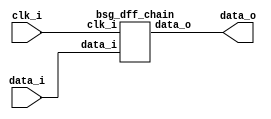
// This program was cloned from: https://github.com/chipsalliance/synlig
// License: Apache License 2.0



module top
(
  clk_i,
  data_i,
  data_o
);

  input [15:0] data_i;
  output [15:0] data_o;
  input clk_i;

  bsg_dff_chain
  wrapper
  (
    .data_i(data_i),
    .data_o(data_o),
    .clk_i(clk_i)
  );


endmodule



module bsg_dff_width_p16
(
  clk_i,
  data_i,
  data_o
);

  input [15:0] data_i;
  output [15:0] data_o;
  input clk_i;
  wire [15:0] data_o;
  reg data_o_15_sv2v_reg,data_o_14_sv2v_reg,data_o_13_sv2v_reg,data_o_12_sv2v_reg,
  data_o_11_sv2v_reg,data_o_10_sv2v_reg,data_o_9_sv2v_reg,data_o_8_sv2v_reg,
  data_o_7_sv2v_reg,data_o_6_sv2v_reg,data_o_5_sv2v_reg,data_o_4_sv2v_reg,data_o_3_sv2v_reg,
  data_o_2_sv2v_reg,data_o_1_sv2v_reg,data_o_0_sv2v_reg;
  assign data_o[15] = data_o_15_sv2v_reg;
  assign data_o[14] = data_o_14_sv2v_reg;
  assign data_o[13] = data_o_13_sv2v_reg;
  assign data_o[12] = data_o_12_sv2v_reg;
  assign data_o[11] = data_o_11_sv2v_reg;
  assign data_o[10] = data_o_10_sv2v_reg;
  assign data_o[9] = data_o_9_sv2v_reg;
  assign data_o[8] = data_o_8_sv2v_reg;
  assign data_o[7] = data_o_7_sv2v_reg;
  assign data_o[6] = data_o_6_sv2v_reg;
  assign data_o[5] = data_o_5_sv2v_reg;
  assign data_o[4] = data_o_4_sv2v_reg;
  assign data_o[3] = data_o_3_sv2v_reg;
  assign data_o[2] = data_o_2_sv2v_reg;
  assign data_o[1] = data_o_1_sv2v_reg;
  assign data_o[0] = data_o_0_sv2v_reg;

  always @(posedge clk_i) begin
    if(1'b1) begin
      data_o_15_sv2v_reg <= data_i[15];
      data_o_14_sv2v_reg <= data_i[14];
      data_o_13_sv2v_reg <= data_i[13];
      data_o_12_sv2v_reg <= data_i[12];
      data_o_11_sv2v_reg <= data_i[11];
      data_o_10_sv2v_reg <= data_i[10];
      data_o_9_sv2v_reg <= data_i[9];
      data_o_8_sv2v_reg <= data_i[8];
      data_o_7_sv2v_reg <= data_i[7];
      data_o_6_sv2v_reg <= data_i[6];
      data_o_5_sv2v_reg <= data_i[5];
      data_o_4_sv2v_reg <= data_i[4];
      data_o_3_sv2v_reg <= data_i[3];
      data_o_2_sv2v_reg <= data_i[2];
      data_o_1_sv2v_reg <= data_i[1];
      data_o_0_sv2v_reg <= data_i[0];
    end 
  end


endmodule



module bsg_dff_chain
(
  clk_i,
  data_i,
  data_o
);

  input [15:0] data_i;
  output [15:0] data_o;
  input clk_i;
  wire [15:0] data_o;
  wire \chained.data_delayed_15__15_ ,\chained.data_delayed_15__14_ ,
  \chained.data_delayed_15__13_ ,\chained.data_delayed_15__12_ ,\chained.data_delayed_15__11_ ,
  \chained.data_delayed_15__10_ ,\chained.data_delayed_15__9_ ,
  \chained.data_delayed_15__8_ ,\chained.data_delayed_15__7_ ,\chained.data_delayed_15__6_ ,
  \chained.data_delayed_15__5_ ,\chained.data_delayed_15__4_ ,\chained.data_delayed_15__3_ ,
  \chained.data_delayed_15__2_ ,\chained.data_delayed_15__1_ ,
  \chained.data_delayed_15__0_ ,\chained.data_delayed_14__15_ ,\chained.data_delayed_14__14_ ,
  \chained.data_delayed_14__13_ ,\chained.data_delayed_14__12_ ,
  \chained.data_delayed_14__11_ ,\chained.data_delayed_14__10_ ,\chained.data_delayed_14__9_ ,
  \chained.data_delayed_14__8_ ,\chained.data_delayed_14__7_ ,\chained.data_delayed_14__6_ ,
  \chained.data_delayed_14__5_ ,\chained.data_delayed_14__4_ ,
  \chained.data_delayed_14__3_ ,\chained.data_delayed_14__2_ ,\chained.data_delayed_14__1_ ,
  \chained.data_delayed_14__0_ ,\chained.data_delayed_13__15_ ,\chained.data_delayed_13__14_ ,
  \chained.data_delayed_13__13_ ,\chained.data_delayed_13__12_ ,
  \chained.data_delayed_13__11_ ,\chained.data_delayed_13__10_ ,\chained.data_delayed_13__9_ ,
  \chained.data_delayed_13__8_ ,\chained.data_delayed_13__7_ ,\chained.data_delayed_13__6_ ,
  \chained.data_delayed_13__5_ ,\chained.data_delayed_13__4_ ,
  \chained.data_delayed_13__3_ ,\chained.data_delayed_13__2_ ,\chained.data_delayed_13__1_ ,
  \chained.data_delayed_13__0_ ,\chained.data_delayed_12__15_ ,\chained.data_delayed_12__14_ ,
  \chained.data_delayed_12__13_ ,\chained.data_delayed_12__12_ ,
  \chained.data_delayed_12__11_ ,\chained.data_delayed_12__10_ ,\chained.data_delayed_12__9_ ,
  \chained.data_delayed_12__8_ ,\chained.data_delayed_12__7_ ,
  \chained.data_delayed_12__6_ ,\chained.data_delayed_12__5_ ,\chained.data_delayed_12__4_ ,
  \chained.data_delayed_12__3_ ,\chained.data_delayed_12__2_ ,\chained.data_delayed_12__1_ ,
  \chained.data_delayed_12__0_ ,\chained.data_delayed_11__15_ ,
  \chained.data_delayed_11__14_ ,\chained.data_delayed_11__13_ ,\chained.data_delayed_11__12_ ,
  \chained.data_delayed_11__11_ ,\chained.data_delayed_11__10_ ,\chained.data_delayed_11__9_ ,
  \chained.data_delayed_11__8_ ,\chained.data_delayed_11__7_ ,
  \chained.data_delayed_11__6_ ,\chained.data_delayed_11__5_ ,\chained.data_delayed_11__4_ ,
  \chained.data_delayed_11__3_ ,\chained.data_delayed_11__2_ ,\chained.data_delayed_11__1_ ,
  \chained.data_delayed_11__0_ ,\chained.data_delayed_10__15_ ,
  \chained.data_delayed_10__14_ ,\chained.data_delayed_10__13_ ,\chained.data_delayed_10__12_ ,
  \chained.data_delayed_10__11_ ,\chained.data_delayed_10__10_ ,
  \chained.data_delayed_10__9_ ,\chained.data_delayed_10__8_ ,\chained.data_delayed_10__7_ ,
  \chained.data_delayed_10__6_ ,\chained.data_delayed_10__5_ ,\chained.data_delayed_10__4_ ,
  \chained.data_delayed_10__3_ ,\chained.data_delayed_10__2_ ,
  \chained.data_delayed_10__1_ ,\chained.data_delayed_10__0_ ,\chained.data_delayed_9__15_ ,
  \chained.data_delayed_9__14_ ,\chained.data_delayed_9__13_ ,\chained.data_delayed_9__12_ ,
  \chained.data_delayed_9__11_ ,\chained.data_delayed_9__10_ ,
  \chained.data_delayed_9__9_ ,\chained.data_delayed_9__8_ ,\chained.data_delayed_9__7_ ,
  \chained.data_delayed_9__6_ ,\chained.data_delayed_9__5_ ,\chained.data_delayed_9__4_ ,
  \chained.data_delayed_9__3_ ,\chained.data_delayed_9__2_ ,\chained.data_delayed_9__1_ ,
  \chained.data_delayed_9__0_ ,\chained.data_delayed_8__15_ ,
  \chained.data_delayed_8__14_ ,\chained.data_delayed_8__13_ ,\chained.data_delayed_8__12_ ,
  \chained.data_delayed_8__11_ ,\chained.data_delayed_8__10_ ,\chained.data_delayed_8__9_ ,
  \chained.data_delayed_8__8_ ,\chained.data_delayed_8__7_ ,
  \chained.data_delayed_8__6_ ,\chained.data_delayed_8__5_ ,\chained.data_delayed_8__4_ ,
  \chained.data_delayed_8__3_ ,\chained.data_delayed_8__2_ ,\chained.data_delayed_8__1_ ,
  \chained.data_delayed_8__0_ ,\chained.data_delayed_7__15_ ,\chained.data_delayed_7__14_ ,
  \chained.data_delayed_7__13_ ,\chained.data_delayed_7__12_ ,
  \chained.data_delayed_7__11_ ,\chained.data_delayed_7__10_ ,\chained.data_delayed_7__9_ ,
  \chained.data_delayed_7__8_ ,\chained.data_delayed_7__7_ ,\chained.data_delayed_7__6_ ,
  \chained.data_delayed_7__5_ ,\chained.data_delayed_7__4_ ,\chained.data_delayed_7__3_ ,
  \chained.data_delayed_7__2_ ,\chained.data_delayed_7__1_ ,
  \chained.data_delayed_7__0_ ,\chained.data_delayed_6__15_ ,\chained.data_delayed_6__14_ ,
  \chained.data_delayed_6__13_ ,\chained.data_delayed_6__12_ ,\chained.data_delayed_6__11_ ,
  \chained.data_delayed_6__10_ ,\chained.data_delayed_6__9_ ,
  \chained.data_delayed_6__8_ ,\chained.data_delayed_6__7_ ,\chained.data_delayed_6__6_ ,
  \chained.data_delayed_6__5_ ,\chained.data_delayed_6__4_ ,\chained.data_delayed_6__3_ ,
  \chained.data_delayed_6__2_ ,\chained.data_delayed_6__1_ ,\chained.data_delayed_6__0_ ,
  \chained.data_delayed_5__15_ ,\chained.data_delayed_5__14_ ,
  \chained.data_delayed_5__13_ ,\chained.data_delayed_5__12_ ,\chained.data_delayed_5__11_ ,
  \chained.data_delayed_5__10_ ,\chained.data_delayed_5__9_ ,\chained.data_delayed_5__8_ ,
  \chained.data_delayed_5__7_ ,\chained.data_delayed_5__6_ ,
  \chained.data_delayed_5__5_ ,\chained.data_delayed_5__4_ ,\chained.data_delayed_5__3_ ,
  \chained.data_delayed_5__2_ ,\chained.data_delayed_5__1_ ,\chained.data_delayed_5__0_ ,
  \chained.data_delayed_4__15_ ,\chained.data_delayed_4__14_ ,\chained.data_delayed_4__13_ ,
  \chained.data_delayed_4__12_ ,\chained.data_delayed_4__11_ ,
  \chained.data_delayed_4__10_ ,\chained.data_delayed_4__9_ ,\chained.data_delayed_4__8_ ,
  \chained.data_delayed_4__7_ ,\chained.data_delayed_4__6_ ,\chained.data_delayed_4__5_ ,
  \chained.data_delayed_4__4_ ,\chained.data_delayed_4__3_ ,\chained.data_delayed_4__2_ ,
  \chained.data_delayed_4__1_ ,\chained.data_delayed_4__0_ ,
  \chained.data_delayed_3__15_ ,\chained.data_delayed_3__14_ ,\chained.data_delayed_3__13_ ,
  \chained.data_delayed_3__12_ ,\chained.data_delayed_3__11_ ,\chained.data_delayed_3__10_ ,
  \chained.data_delayed_3__9_ ,\chained.data_delayed_3__8_ ,
  \chained.data_delayed_3__7_ ,\chained.data_delayed_3__6_ ,\chained.data_delayed_3__5_ ,
  \chained.data_delayed_3__4_ ,\chained.data_delayed_3__3_ ,\chained.data_delayed_3__2_ ,
  \chained.data_delayed_3__1_ ,\chained.data_delayed_3__0_ ,\chained.data_delayed_2__15_ ,
  \chained.data_delayed_2__14_ ,\chained.data_delayed_2__13_ ,
  \chained.data_delayed_2__12_ ,\chained.data_delayed_2__11_ ,\chained.data_delayed_2__10_ ,
  \chained.data_delayed_2__9_ ,\chained.data_delayed_2__8_ ,\chained.data_delayed_2__7_ ,
  \chained.data_delayed_2__6_ ,\chained.data_delayed_2__5_ ,\chained.data_delayed_2__4_ ,
  \chained.data_delayed_2__3_ ,\chained.data_delayed_2__2_ ,
  \chained.data_delayed_2__1_ ,\chained.data_delayed_2__0_ ,\chained.data_delayed_1__15_ ,
  \chained.data_delayed_1__14_ ,\chained.data_delayed_1__13_ ,\chained.data_delayed_1__12_ ,
  \chained.data_delayed_1__11_ ,\chained.data_delayed_1__10_ ,
  \chained.data_delayed_1__9_ ,\chained.data_delayed_1__8_ ,\chained.data_delayed_1__7_ ,
  \chained.data_delayed_1__6_ ,\chained.data_delayed_1__5_ ,\chained.data_delayed_1__4_ ,
  \chained.data_delayed_1__3_ ,\chained.data_delayed_1__2_ ,\chained.data_delayed_1__1_ ,
  \chained.data_delayed_1__0_ ;

  bsg_dff_width_p16
  \chained.genblk1_1_.ch_reg 
  (
    .clk_i(clk_i),
    .data_i(data_i),
    .data_o({ \chained.data_delayed_1__15_ , \chained.data_delayed_1__14_ , \chained.data_delayed_1__13_ , \chained.data_delayed_1__12_ , \chained.data_delayed_1__11_ , \chained.data_delayed_1__10_ , \chained.data_delayed_1__9_ , \chained.data_delayed_1__8_ , \chained.data_delayed_1__7_ , \chained.data_delayed_1__6_ , \chained.data_delayed_1__5_ , \chained.data_delayed_1__4_ , \chained.data_delayed_1__3_ , \chained.data_delayed_1__2_ , \chained.data_delayed_1__1_ , \chained.data_delayed_1__0_  })
  );


  bsg_dff_width_p16
  \chained.genblk1_2_.ch_reg 
  (
    .clk_i(clk_i),
    .data_i({ \chained.data_delayed_1__15_ , \chained.data_delayed_1__14_ , \chained.data_delayed_1__13_ , \chained.data_delayed_1__12_ , \chained.data_delayed_1__11_ , \chained.data_delayed_1__10_ , \chained.data_delayed_1__9_ , \chained.data_delayed_1__8_ , \chained.data_delayed_1__7_ , \chained.data_delayed_1__6_ , \chained.data_delayed_1__5_ , \chained.data_delayed_1__4_ , \chained.data_delayed_1__3_ , \chained.data_delayed_1__2_ , \chained.data_delayed_1__1_ , \chained.data_delayed_1__0_  }),
    .data_o({ \chained.data_delayed_2__15_ , \chained.data_delayed_2__14_ , \chained.data_delayed_2__13_ , \chained.data_delayed_2__12_ , \chained.data_delayed_2__11_ , \chained.data_delayed_2__10_ , \chained.data_delayed_2__9_ , \chained.data_delayed_2__8_ , \chained.data_delayed_2__7_ , \chained.data_delayed_2__6_ , \chained.data_delayed_2__5_ , \chained.data_delayed_2__4_ , \chained.data_delayed_2__3_ , \chained.data_delayed_2__2_ , \chained.data_delayed_2__1_ , \chained.data_delayed_2__0_  })
  );


  bsg_dff_width_p16
  \chained.genblk1_3_.ch_reg 
  (
    .clk_i(clk_i),
    .data_i({ \chained.data_delayed_2__15_ , \chained.data_delayed_2__14_ , \chained.data_delayed_2__13_ , \chained.data_delayed_2__12_ , \chained.data_delayed_2__11_ , \chained.data_delayed_2__10_ , \chained.data_delayed_2__9_ , \chained.data_delayed_2__8_ , \chained.data_delayed_2__7_ , \chained.data_delayed_2__6_ , \chained.data_delayed_2__5_ , \chained.data_delayed_2__4_ , \chained.data_delayed_2__3_ , \chained.data_delayed_2__2_ , \chained.data_delayed_2__1_ , \chained.data_delayed_2__0_  }),
    .data_o({ \chained.data_delayed_3__15_ , \chained.data_delayed_3__14_ , \chained.data_delayed_3__13_ , \chained.data_delayed_3__12_ , \chained.data_delayed_3__11_ , \chained.data_delayed_3__10_ , \chained.data_delayed_3__9_ , \chained.data_delayed_3__8_ , \chained.data_delayed_3__7_ , \chained.data_delayed_3__6_ , \chained.data_delayed_3__5_ , \chained.data_delayed_3__4_ , \chained.data_delayed_3__3_ , \chained.data_delayed_3__2_ , \chained.data_delayed_3__1_ , \chained.data_delayed_3__0_  })
  );


  bsg_dff_width_p16
  \chained.genblk1_4_.ch_reg 
  (
    .clk_i(clk_i),
    .data_i({ \chained.data_delayed_3__15_ , \chained.data_delayed_3__14_ , \chained.data_delayed_3__13_ , \chained.data_delayed_3__12_ , \chained.data_delayed_3__11_ , \chained.data_delayed_3__10_ , \chained.data_delayed_3__9_ , \chained.data_delayed_3__8_ , \chained.data_delayed_3__7_ , \chained.data_delayed_3__6_ , \chained.data_delayed_3__5_ , \chained.data_delayed_3__4_ , \chained.data_delayed_3__3_ , \chained.data_delayed_3__2_ , \chained.data_delayed_3__1_ , \chained.data_delayed_3__0_  }),
    .data_o({ \chained.data_delayed_4__15_ , \chained.data_delayed_4__14_ , \chained.data_delayed_4__13_ , \chained.data_delayed_4__12_ , \chained.data_delayed_4__11_ , \chained.data_delayed_4__10_ , \chained.data_delayed_4__9_ , \chained.data_delayed_4__8_ , \chained.data_delayed_4__7_ , \chained.data_delayed_4__6_ , \chained.data_delayed_4__5_ , \chained.data_delayed_4__4_ , \chained.data_delayed_4__3_ , \chained.data_delayed_4__2_ , \chained.data_delayed_4__1_ , \chained.data_delayed_4__0_  })
  );


  bsg_dff_width_p16
  \chained.genblk1_5_.ch_reg 
  (
    .clk_i(clk_i),
    .data_i({ \chained.data_delayed_4__15_ , \chained.data_delayed_4__14_ , \chained.data_delayed_4__13_ , \chained.data_delayed_4__12_ , \chained.data_delayed_4__11_ , \chained.data_delayed_4__10_ , \chained.data_delayed_4__9_ , \chained.data_delayed_4__8_ , \chained.data_delayed_4__7_ , \chained.data_delayed_4__6_ , \chained.data_delayed_4__5_ , \chained.data_delayed_4__4_ , \chained.data_delayed_4__3_ , \chained.data_delayed_4__2_ , \chained.data_delayed_4__1_ , \chained.data_delayed_4__0_  }),
    .data_o({ \chained.data_delayed_5__15_ , \chained.data_delayed_5__14_ , \chained.data_delayed_5__13_ , \chained.data_delayed_5__12_ , \chained.data_delayed_5__11_ , \chained.data_delayed_5__10_ , \chained.data_delayed_5__9_ , \chained.data_delayed_5__8_ , \chained.data_delayed_5__7_ , \chained.data_delayed_5__6_ , \chained.data_delayed_5__5_ , \chained.data_delayed_5__4_ , \chained.data_delayed_5__3_ , \chained.data_delayed_5__2_ , \chained.data_delayed_5__1_ , \chained.data_delayed_5__0_  })
  );


  bsg_dff_width_p16
  \chained.genblk1_6_.ch_reg 
  (
    .clk_i(clk_i),
    .data_i({ \chained.data_delayed_5__15_ , \chained.data_delayed_5__14_ , \chained.data_delayed_5__13_ , \chained.data_delayed_5__12_ , \chained.data_delayed_5__11_ , \chained.data_delayed_5__10_ , \chained.data_delayed_5__9_ , \chained.data_delayed_5__8_ , \chained.data_delayed_5__7_ , \chained.data_delayed_5__6_ , \chained.data_delayed_5__5_ , \chained.data_delayed_5__4_ , \chained.data_delayed_5__3_ , \chained.data_delayed_5__2_ , \chained.data_delayed_5__1_ , \chained.data_delayed_5__0_  }),
    .data_o({ \chained.data_delayed_6__15_ , \chained.data_delayed_6__14_ , \chained.data_delayed_6__13_ , \chained.data_delayed_6__12_ , \chained.data_delayed_6__11_ , \chained.data_delayed_6__10_ , \chained.data_delayed_6__9_ , \chained.data_delayed_6__8_ , \chained.data_delayed_6__7_ , \chained.data_delayed_6__6_ , \chained.data_delayed_6__5_ , \chained.data_delayed_6__4_ , \chained.data_delayed_6__3_ , \chained.data_delayed_6__2_ , \chained.data_delayed_6__1_ , \chained.data_delayed_6__0_  })
  );


  bsg_dff_width_p16
  \chained.genblk1_7_.ch_reg 
  (
    .clk_i(clk_i),
    .data_i({ \chained.data_delayed_6__15_ , \chained.data_delayed_6__14_ , \chained.data_delayed_6__13_ , \chained.data_delayed_6__12_ , \chained.data_delayed_6__11_ , \chained.data_delayed_6__10_ , \chained.data_delayed_6__9_ , \chained.data_delayed_6__8_ , \chained.data_delayed_6__7_ , \chained.data_delayed_6__6_ , \chained.data_delayed_6__5_ , \chained.data_delayed_6__4_ , \chained.data_delayed_6__3_ , \chained.data_delayed_6__2_ , \chained.data_delayed_6__1_ , \chained.data_delayed_6__0_  }),
    .data_o({ \chained.data_delayed_7__15_ , \chained.data_delayed_7__14_ , \chained.data_delayed_7__13_ , \chained.data_delayed_7__12_ , \chained.data_delayed_7__11_ , \chained.data_delayed_7__10_ , \chained.data_delayed_7__9_ , \chained.data_delayed_7__8_ , \chained.data_delayed_7__7_ , \chained.data_delayed_7__6_ , \chained.data_delayed_7__5_ , \chained.data_delayed_7__4_ , \chained.data_delayed_7__3_ , \chained.data_delayed_7__2_ , \chained.data_delayed_7__1_ , \chained.data_delayed_7__0_  })
  );


  bsg_dff_width_p16
  \chained.genblk1_8_.ch_reg 
  (
    .clk_i(clk_i),
    .data_i({ \chained.data_delayed_7__15_ , \chained.data_delayed_7__14_ , \chained.data_delayed_7__13_ , \chained.data_delayed_7__12_ , \chained.data_delayed_7__11_ , \chained.data_delayed_7__10_ , \chained.data_delayed_7__9_ , \chained.data_delayed_7__8_ , \chained.data_delayed_7__7_ , \chained.data_delayed_7__6_ , \chained.data_delayed_7__5_ , \chained.data_delayed_7__4_ , \chained.data_delayed_7__3_ , \chained.data_delayed_7__2_ , \chained.data_delayed_7__1_ , \chained.data_delayed_7__0_  }),
    .data_o({ \chained.data_delayed_8__15_ , \chained.data_delayed_8__14_ , \chained.data_delayed_8__13_ , \chained.data_delayed_8__12_ , \chained.data_delayed_8__11_ , \chained.data_delayed_8__10_ , \chained.data_delayed_8__9_ , \chained.data_delayed_8__8_ , \chained.data_delayed_8__7_ , \chained.data_delayed_8__6_ , \chained.data_delayed_8__5_ , \chained.data_delayed_8__4_ , \chained.data_delayed_8__3_ , \chained.data_delayed_8__2_ , \chained.data_delayed_8__1_ , \chained.data_delayed_8__0_  })
  );


  bsg_dff_width_p16
  \chained.genblk1_9_.ch_reg 
  (
    .clk_i(clk_i),
    .data_i({ \chained.data_delayed_8__15_ , \chained.data_delayed_8__14_ , \chained.data_delayed_8__13_ , \chained.data_delayed_8__12_ , \chained.data_delayed_8__11_ , \chained.data_delayed_8__10_ , \chained.data_delayed_8__9_ , \chained.data_delayed_8__8_ , \chained.data_delayed_8__7_ , \chained.data_delayed_8__6_ , \chained.data_delayed_8__5_ , \chained.data_delayed_8__4_ , \chained.data_delayed_8__3_ , \chained.data_delayed_8__2_ , \chained.data_delayed_8__1_ , \chained.data_delayed_8__0_  }),
    .data_o({ \chained.data_delayed_9__15_ , \chained.data_delayed_9__14_ , \chained.data_delayed_9__13_ , \chained.data_delayed_9__12_ , \chained.data_delayed_9__11_ , \chained.data_delayed_9__10_ , \chained.data_delayed_9__9_ , \chained.data_delayed_9__8_ , \chained.data_delayed_9__7_ , \chained.data_delayed_9__6_ , \chained.data_delayed_9__5_ , \chained.data_delayed_9__4_ , \chained.data_delayed_9__3_ , \chained.data_delayed_9__2_ , \chained.data_delayed_9__1_ , \chained.data_delayed_9__0_  })
  );


  bsg_dff_width_p16
  \chained.genblk1_10_.ch_reg 
  (
    .clk_i(clk_i),
    .data_i({ \chained.data_delayed_9__15_ , \chained.data_delayed_9__14_ , \chained.data_delayed_9__13_ , \chained.data_delayed_9__12_ , \chained.data_delayed_9__11_ , \chained.data_delayed_9__10_ , \chained.data_delayed_9__9_ , \chained.data_delayed_9__8_ , \chained.data_delayed_9__7_ , \chained.data_delayed_9__6_ , \chained.data_delayed_9__5_ , \chained.data_delayed_9__4_ , \chained.data_delayed_9__3_ , \chained.data_delayed_9__2_ , \chained.data_delayed_9__1_ , \chained.data_delayed_9__0_  }),
    .data_o({ \chained.data_delayed_10__15_ , \chained.data_delayed_10__14_ , \chained.data_delayed_10__13_ , \chained.data_delayed_10__12_ , \chained.data_delayed_10__11_ , \chained.data_delayed_10__10_ , \chained.data_delayed_10__9_ , \chained.data_delayed_10__8_ , \chained.data_delayed_10__7_ , \chained.data_delayed_10__6_ , \chained.data_delayed_10__5_ , \chained.data_delayed_10__4_ , \chained.data_delayed_10__3_ , \chained.data_delayed_10__2_ , \chained.data_delayed_10__1_ , \chained.data_delayed_10__0_  })
  );


  bsg_dff_width_p16
  \chained.genblk1_11_.ch_reg 
  (
    .clk_i(clk_i),
    .data_i({ \chained.data_delayed_10__15_ , \chained.data_delayed_10__14_ , \chained.data_delayed_10__13_ , \chained.data_delayed_10__12_ , \chained.data_delayed_10__11_ , \chained.data_delayed_10__10_ , \chained.data_delayed_10__9_ , \chained.data_delayed_10__8_ , \chained.data_delayed_10__7_ , \chained.data_delayed_10__6_ , \chained.data_delayed_10__5_ , \chained.data_delayed_10__4_ , \chained.data_delayed_10__3_ , \chained.data_delayed_10__2_ , \chained.data_delayed_10__1_ , \chained.data_delayed_10__0_  }),
    .data_o({ \chained.data_delayed_11__15_ , \chained.data_delayed_11__14_ , \chained.data_delayed_11__13_ , \chained.data_delayed_11__12_ , \chained.data_delayed_11__11_ , \chained.data_delayed_11__10_ , \chained.data_delayed_11__9_ , \chained.data_delayed_11__8_ , \chained.data_delayed_11__7_ , \chained.data_delayed_11__6_ , \chained.data_delayed_11__5_ , \chained.data_delayed_11__4_ , \chained.data_delayed_11__3_ , \chained.data_delayed_11__2_ , \chained.data_delayed_11__1_ , \chained.data_delayed_11__0_  })
  );


  bsg_dff_width_p16
  \chained.genblk1_12_.ch_reg 
  (
    .clk_i(clk_i),
    .data_i({ \chained.data_delayed_11__15_ , \chained.data_delayed_11__14_ , \chained.data_delayed_11__13_ , \chained.data_delayed_11__12_ , \chained.data_delayed_11__11_ , \chained.data_delayed_11__10_ , \chained.data_delayed_11__9_ , \chained.data_delayed_11__8_ , \chained.data_delayed_11__7_ , \chained.data_delayed_11__6_ , \chained.data_delayed_11__5_ , \chained.data_delayed_11__4_ , \chained.data_delayed_11__3_ , \chained.data_delayed_11__2_ , \chained.data_delayed_11__1_ , \chained.data_delayed_11__0_  }),
    .data_o({ \chained.data_delayed_12__15_ , \chained.data_delayed_12__14_ , \chained.data_delayed_12__13_ , \chained.data_delayed_12__12_ , \chained.data_delayed_12__11_ , \chained.data_delayed_12__10_ , \chained.data_delayed_12__9_ , \chained.data_delayed_12__8_ , \chained.data_delayed_12__7_ , \chained.data_delayed_12__6_ , \chained.data_delayed_12__5_ , \chained.data_delayed_12__4_ , \chained.data_delayed_12__3_ , \chained.data_delayed_12__2_ , \chained.data_delayed_12__1_ , \chained.data_delayed_12__0_  })
  );


  bsg_dff_width_p16
  \chained.genblk1_13_.ch_reg 
  (
    .clk_i(clk_i),
    .data_i({ \chained.data_delayed_12__15_ , \chained.data_delayed_12__14_ , \chained.data_delayed_12__13_ , \chained.data_delayed_12__12_ , \chained.data_delayed_12__11_ , \chained.data_delayed_12__10_ , \chained.data_delayed_12__9_ , \chained.data_delayed_12__8_ , \chained.data_delayed_12__7_ , \chained.data_delayed_12__6_ , \chained.data_delayed_12__5_ , \chained.data_delayed_12__4_ , \chained.data_delayed_12__3_ , \chained.data_delayed_12__2_ , \chained.data_delayed_12__1_ , \chained.data_delayed_12__0_  }),
    .data_o({ \chained.data_delayed_13__15_ , \chained.data_delayed_13__14_ , \chained.data_delayed_13__13_ , \chained.data_delayed_13__12_ , \chained.data_delayed_13__11_ , \chained.data_delayed_13__10_ , \chained.data_delayed_13__9_ , \chained.data_delayed_13__8_ , \chained.data_delayed_13__7_ , \chained.data_delayed_13__6_ , \chained.data_delayed_13__5_ , \chained.data_delayed_13__4_ , \chained.data_delayed_13__3_ , \chained.data_delayed_13__2_ , \chained.data_delayed_13__1_ , \chained.data_delayed_13__0_  })
  );


  bsg_dff_width_p16
  \chained.genblk1_14_.ch_reg 
  (
    .clk_i(clk_i),
    .data_i({ \chained.data_delayed_13__15_ , \chained.data_delayed_13__14_ , \chained.data_delayed_13__13_ , \chained.data_delayed_13__12_ , \chained.data_delayed_13__11_ , \chained.data_delayed_13__10_ , \chained.data_delayed_13__9_ , \chained.data_delayed_13__8_ , \chained.data_delayed_13__7_ , \chained.data_delayed_13__6_ , \chained.data_delayed_13__5_ , \chained.data_delayed_13__4_ , \chained.data_delayed_13__3_ , \chained.data_delayed_13__2_ , \chained.data_delayed_13__1_ , \chained.data_delayed_13__0_  }),
    .data_o({ \chained.data_delayed_14__15_ , \chained.data_delayed_14__14_ , \chained.data_delayed_14__13_ , \chained.data_delayed_14__12_ , \chained.data_delayed_14__11_ , \chained.data_delayed_14__10_ , \chained.data_delayed_14__9_ , \chained.data_delayed_14__8_ , \chained.data_delayed_14__7_ , \chained.data_delayed_14__6_ , \chained.data_delayed_14__5_ , \chained.data_delayed_14__4_ , \chained.data_delayed_14__3_ , \chained.data_delayed_14__2_ , \chained.data_delayed_14__1_ , \chained.data_delayed_14__0_  })
  );


  bsg_dff_width_p16
  \chained.genblk1_15_.ch_reg 
  (
    .clk_i(clk_i),
    .data_i({ \chained.data_delayed_14__15_ , \chained.data_delayed_14__14_ , \chained.data_delayed_14__13_ , \chained.data_delayed_14__12_ , \chained.data_delayed_14__11_ , \chained.data_delayed_14__10_ , \chained.data_delayed_14__9_ , \chained.data_delayed_14__8_ , \chained.data_delayed_14__7_ , \chained.data_delayed_14__6_ , \chained.data_delayed_14__5_ , \chained.data_delayed_14__4_ , \chained.data_delayed_14__3_ , \chained.data_delayed_14__2_ , \chained.data_delayed_14__1_ , \chained.data_delayed_14__0_  }),
    .data_o({ \chained.data_delayed_15__15_ , \chained.data_delayed_15__14_ , \chained.data_delayed_15__13_ , \chained.data_delayed_15__12_ , \chained.data_delayed_15__11_ , \chained.data_delayed_15__10_ , \chained.data_delayed_15__9_ , \chained.data_delayed_15__8_ , \chained.data_delayed_15__7_ , \chained.data_delayed_15__6_ , \chained.data_delayed_15__5_ , \chained.data_delayed_15__4_ , \chained.data_delayed_15__3_ , \chained.data_delayed_15__2_ , \chained.data_delayed_15__1_ , \chained.data_delayed_15__0_  })
  );


  bsg_dff_width_p16
  \chained.genblk1_16_.ch_reg 
  (
    .clk_i(clk_i),
    .data_i({ \chained.data_delayed_15__15_ , \chained.data_delayed_15__14_ , \chained.data_delayed_15__13_ , \chained.data_delayed_15__12_ , \chained.data_delayed_15__11_ , \chained.data_delayed_15__10_ , \chained.data_delayed_15__9_ , \chained.data_delayed_15__8_ , \chained.data_delayed_15__7_ , \chained.data_delayed_15__6_ , \chained.data_delayed_15__5_ , \chained.data_delayed_15__4_ , \chained.data_delayed_15__3_ , \chained.data_delayed_15__2_ , \chained.data_delayed_15__1_ , \chained.data_delayed_15__0_  }),
    .data_o(data_o)
  );


endmodule